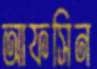
আফসিন